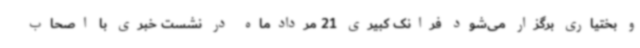
و بختیاری برگزار می‌شود فرانک کبیری 21 مردادماه در نشست خبری با اصحاب